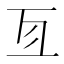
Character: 𠄣